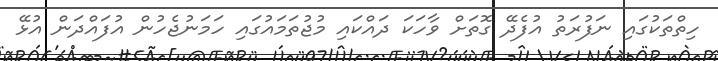
ހިތްތަކުގައި ނަފުރަތު އުފެދޭ ގޮތަށް ވާހަކަ ދައްކައި މުޖުތަމައުގައި ހަމަނުޖެހުން އުފައްދަން އުޅޭ